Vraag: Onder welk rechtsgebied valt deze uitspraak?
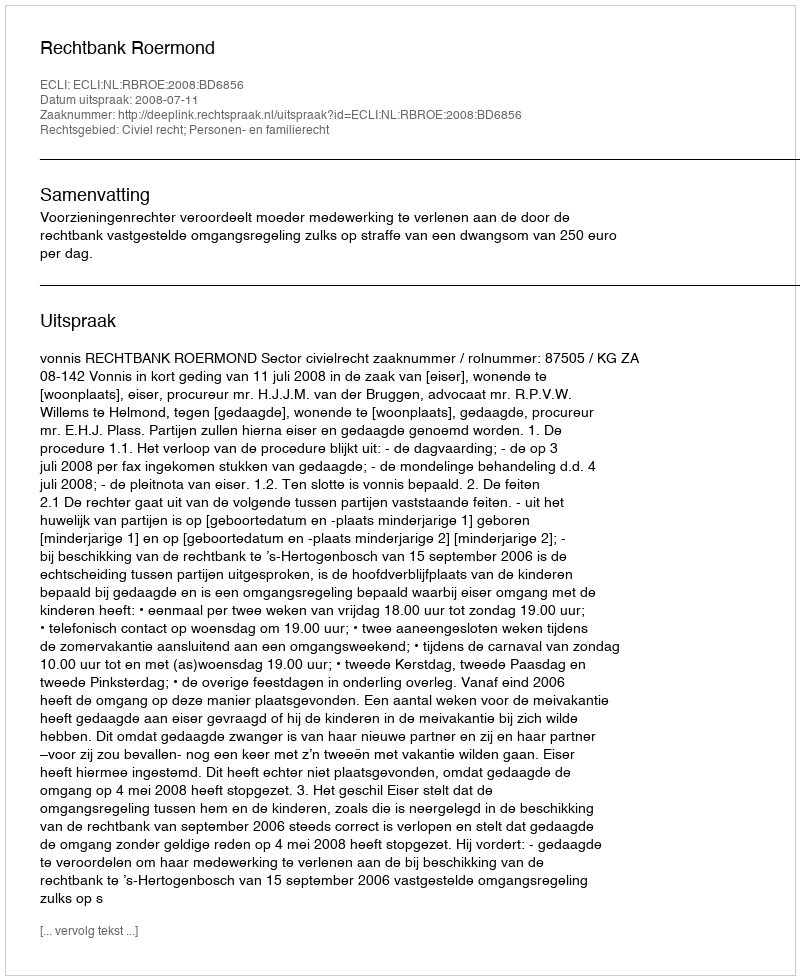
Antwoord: Civiel recht; Personen- en familierecht